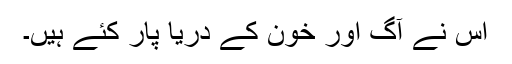
اس نے آگ اور خون کے دریا پار کئے ہیں۔